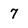
Character: 7